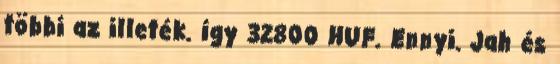
többi az illeték. így 32800 HUF. Ennyi. Jah és